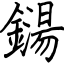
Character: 鐋